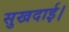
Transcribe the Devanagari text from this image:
सुखदाई।